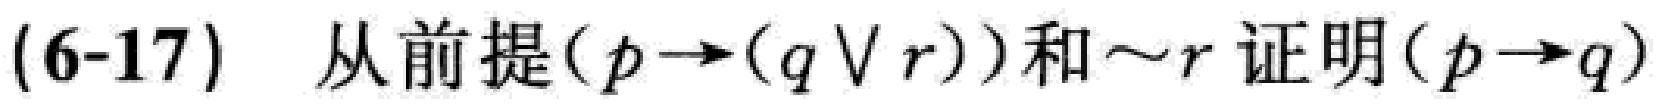
(6-17) 从前提\((p\rightarrow(q\vee r))\)和\(\sim r\)证明\((p\rightarrow q)\)